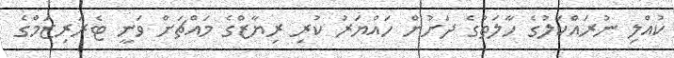
ކުއްލި ނުރައްކަލުގެ ހާލަތުގެ ދަށުން ހައްޔަރު ކުރި ރިޔާޒްގެ މައްޗަށް ވަނީ ޓެރަރިޒަމްގެ